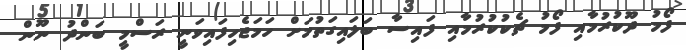
ފޯމު ދޫކުރުމާއި ފޯމު ޗެކުކުރުމާއި ފައިސާ ބަލައިގަތުމަށް ހަމަޖެހިފައިވަނީ ރަސްމީ ބަންދު ނޫން